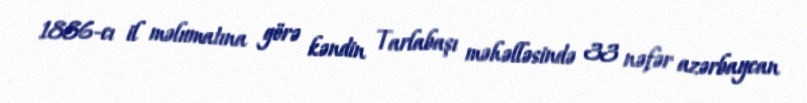
1886-cı il məlumatına görə kəndin Tarlabaşı məhəlləsində 33 nəfər azərbaycan